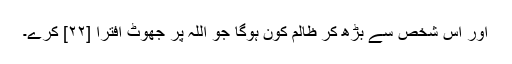
اور اس شخص سے بڑھ کر ظالم کون ہوگا جو اللہ پر جھوٹ افترا [٢٢] کرے۔